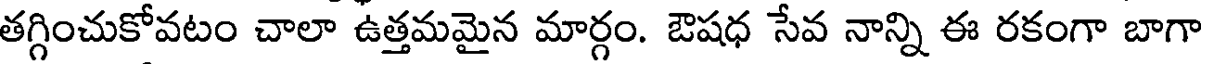
తగ్గించుకోవటం చాలా ఉత్తమమైన మార్గం. ఔషధ సేవ నాన్ని ఈ రకంగా బాగా